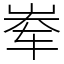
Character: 𪨶